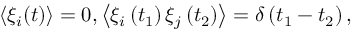
\begin{array} { r } { \left\langle \xi _ { i } ( t ) \right\rangle = 0 , \left\langle \xi _ { i } \left( t _ { 1 } \right) \xi _ { j } \left( t _ { 2 } \right) \right\rangle = \delta \left( t _ { 1 } - t _ { 2 } \right) , } \end{array}